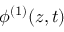
\phi ^ { ( 1 ) } ( z , t )